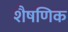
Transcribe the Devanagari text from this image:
शैषणिक